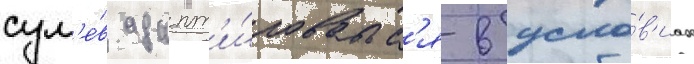
сум'е́в адапт'и́роватьс'я в усло́в'иах